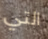
التي